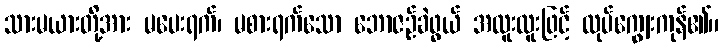
သားမယားတို့အား မပေးရက်၊ မစားရက်သော ဘောဇဉ်ခဲဖွယ် အထူးထူးဖြင့် လုပ်ကျွေးကုန်၏။